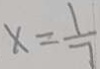
x = \frac { 1 } { 7 }